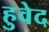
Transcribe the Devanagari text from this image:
हुवेद